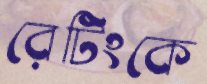
রেটিংকে